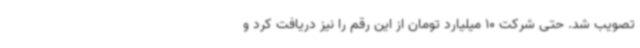
تصویب شد. حتی شرکت 10 میلیارد تومان از این رقم را نیز دریافت کرد و